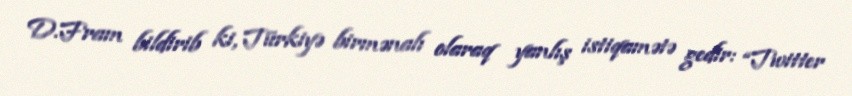
D.Fram bildirib ki, Türkiyə birmənalı olaraq yanlış istiqamətə gedir: “Twitter